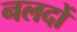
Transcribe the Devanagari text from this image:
नलदों